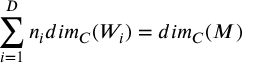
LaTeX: \sum _ { i = 1 } ^ { D } n _ { i } d i m _ { C } ( W _ { i } ) = d i m _ { C } ( M )